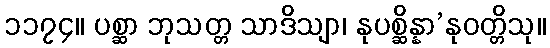
၁၁၇၄။ ပစ္ဆာ ဘုသတ္တ သာဒိသျာ၊ နုပစ္ဆိန္နာ’နုဝတ္တိသု။